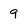
Character: 9